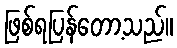
ဖြစ်ရပြန်တော့သည်။